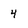
Character: 4